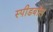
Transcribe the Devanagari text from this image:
स्पीडबॉल